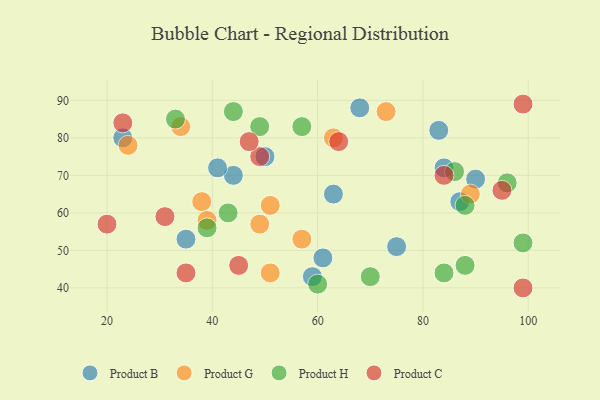
{"axis": {"x": "GDP", "y": "Life Expectancy"}, "legend": ["Product B", "Product C", "Product G", "Product H"], "data": [{"x": "44", "y": 70, "type": "Product B"}, {"x": "84", "y": 72, "type": "Product B"}, {"x": "68", "y": 88, "type": "Product B"}, {"x": "83", "y": 82, "type": "Product B"}, {"x": "90", "y": 69, "type": "Product B"}, {"x": "61", "y": 48, "type": "Product B"}, {"x": "41", "y": 72, "type": "Product B"}, {"x": "35", "y": 53, "type": "Product B"}, {"x": "23", "y": 80, "type": "Product B"}, {"x": "87", "y": 63, "type": "Product B"}, {"x": "75", "y": 51, "type": "Product B"}, {"x": "63", "y": 65, "type": "Product B"}, {"x": "50", "y": 75, "type": "Product B"}, {"x": "59", "y": 43, "type": "Product B"}, {"x": "73", "y": 87, "type": "Product G"}, {"x": "49", "y": 57, "type": "Product G"}, {"x": "24", "y": 78, "type": "Product G"}, {"x": "57", "y": 53, "type": "Product G"}, {"x": "38", "y": 63, "type": "Product G"}, {"x": "34", "y": 83, "type": "Product G"}, {"x": "39", "y": 58, "type": "Product G"}, {"x": "89", "y": 65, "type": "Product G"}, {"x": "51", "y": 44, "type": "Product G"}, {"x": "51", "y": 62, "type": "Product G"}, {"x": "63", "y": 80, "type": "Product G"}, {"x": "96", "y": 68, "type": "Product H"}, {"x": "57", "y": 83, "type": "Product H"}, {"x": "33", "y": 85, "type": "Product H"}, {"x": "86", "y": 71, "type": "Product H"}, {"x": "88", "y": 62, "type": "Product H"}, {"x": "84", "y": 44, "type": "Product H"}, {"x": "39", "y": 56, "type": "Product H"}, {"x": "49", "y": 83, "type": "Product H"}, {"x": "70", "y": 43, "type": "Product H"}, {"x": "88", "y": 46, "type": "Product H"}, {"x": "60", "y": 41, "type": "Product H"}, {"x": "43", "y": 60, "type": "Product H"}, {"x": "99", "y": 52, "type": "Product H"}, {"x": "44", "y": 87, "type": "Product H"}, {"x": "45", "y": 46, "type": "Product C"}, {"x": "99", "y": 89, "type": "Product C"}, {"x": "31", "y": 59, "type": "Product C"}, {"x": "49", "y": 75, "type": "Product C"}, {"x": "47", "y": 79, "type": "Product C"}, {"x": "35", "y": 44, "type": "Product C"}, {"x": "20", "y": 57, "type": "Product C"}, {"x": "84", "y": 70, "type": "Product C"}, {"x": "64", "y": 79, "type": "Product C"}, {"x": "23", "y": 84, "type": "Product C"}, {"x": "95", "y": 66, "type": "Product C"}, {"x": "99", "y": 40, "type": "Product C"}]}